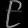
Digit: ၉